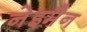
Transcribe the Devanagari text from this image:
नेइमैन